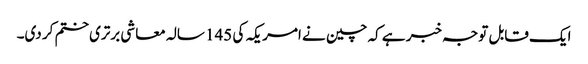
ایک قابل توجہ خبر ہے کہ چین نے امریکہ کی 145 سالہ معاشی برتری ختم کر دی۔